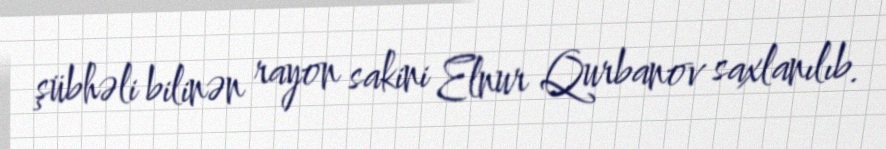
şübhəli bilinən rayon sakini Elnur Qurbanov saxlanılıb.